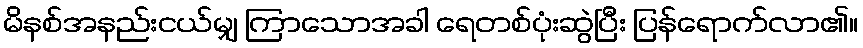
မိနစ်အနည်းငယ်မျှ ကြာသောအခါ ရေတစ်ပုံးဆွဲပြီး ပြန်ရောက်လာ၏။